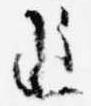
追